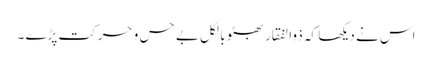
اس نے دیکھا کہ ذوالفقار بھٹو بالکل بے حس و حرکت پڑے ۔